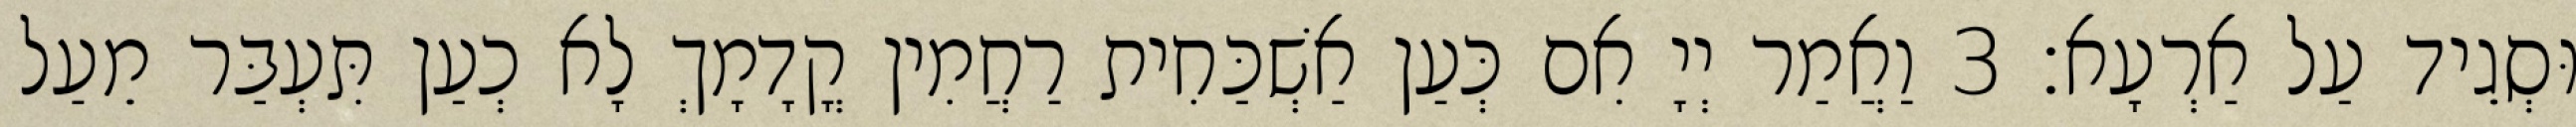
וּסְגֵיד עַל אַרְעָא׃ 3 וַאֲמַר יְיָ אִם כְּעַן אַשְׁכַּחִית רַחֲמִין קֳדָמָךְ לָא כְעַן תִּעְבַּר מֵעַל